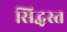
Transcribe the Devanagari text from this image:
सिद्धस्त